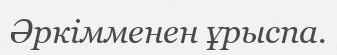
Әркімменен ұрыспа.